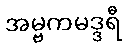
အမ္ဗကမဒ္ဒရီ